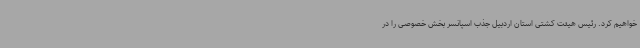
خواهیم کرد. رئیس هیئت کشتی استان اردبیل جذب اسپانسر بخش خصوصی را در